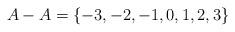
LaTeX: \begin{align*}A-A = \{-3,-2,-1,0,1,2,3\}\end{align*}